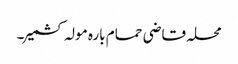
محلہ قاضی حمام بارہ مولہ کشمیر۔